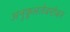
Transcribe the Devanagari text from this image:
अनुकूलतेबरोबर